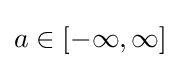
a\in [-\infty ,\infty ]